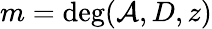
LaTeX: m=\deg(\mathcal{A},D,z)